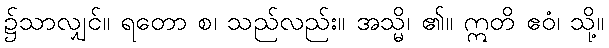
၌သာလျှင်။ ရတော စ၊ သည်လည်း။ အသ္မိ၊ ၏။ ဣတိ ဧဝံ၊ သို့။